Medical and sanitary report of the native army of Bengal for the year
Year: 1875
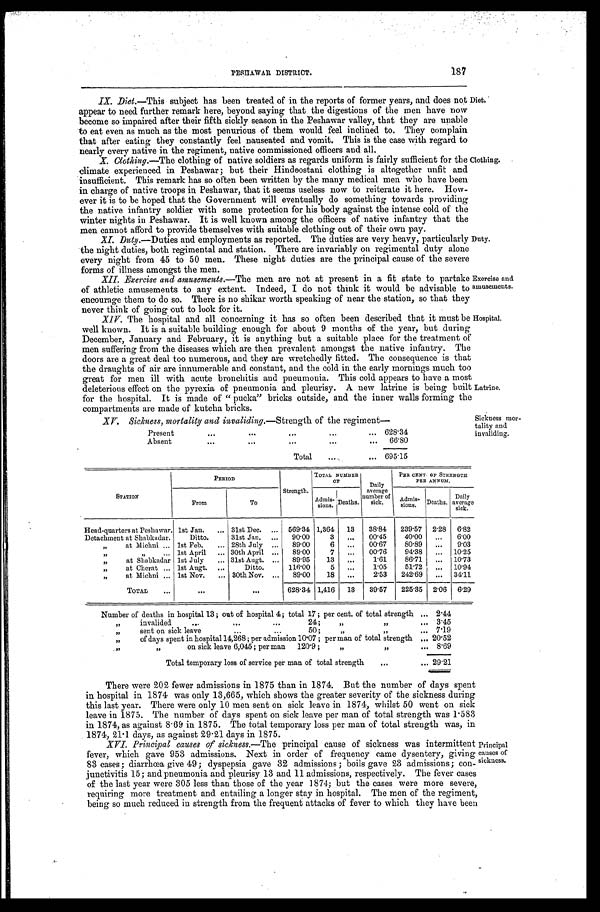
187
PESHAWAR DISTRICT.
IX. Diet.—This subject has been treated of in the reports of former years, and does not
appear to need further remark here, beyond saying that the digestions of the men have now
become so impaired after their fifth sickly season in the Peshawar valley, that they are unable
to eat even as much as the most penurious of them would feel inclined to. They complain
that after eating they constantly feel nauseated and vomit. This is the case with regard to
nearly every native in the regiment, native commissioned officers and all.
X. Clothing.—The clothing of native soldiers as regards uniform is fairly sufficient for the
climate experienced in Peshawar; but their Hindoostani clothing is altogether unfit and
insufficient. This remark has so often been written by the many medical men who have been
in charge of native troops in Peshawar, that it seems useless now to reiterate it here. How-
ever it is to be hoped that the Government will eventually do something towards providing
the native infantry soldier with some protection for his body against the intense cold of the
winter nights in Peshawar. It is well known among the officers of native infantry that the
men cannot afford to provide themselves with suitable clothing out of their own pay.
Diet.
Clothing.
XI. Duty .—Duties and employments as reported. The duties are very, heavy, particularly
the night duties, both regimental and station. There are invariably on regimental duty alone
every night from 45 to 50 men. These night duties are the principal cause of the severe
forms of illness amongst the men.
XII. Exercise and amusements.—The men are not at present in a fit state to partake
of athletic amusements to any extent. Indeed, I do not think it would be advisable to
encourage them to do so. There is no shikar worth speaking of near the station, so that they
never think of going out to look for it.
Duty.
Exercise and
amusements.
XIV. The hospital and all concerning it has so often been described that it must be
well known. It is a suitable building enough for about 9 months of the year, but during
December, January and February, it is anything but a suitable place for the treatment of
men suffering from the diseases which are then prevalent amongst the native infantry. The
doors are a great deal too numerous, and they are wretchedly fitted. The consequence is that
the draughts of air are innumerable and constant, and the cold in the early mornings much too
great for men ill with acute bronchitis and pneumonia. This cold appears to have a most
deleterious effect on the pyrexia of pneumonia and pleurisy. A new latrine is being built
for the hospital. It is made of " pucka" bricks outside, and the inner walls forming the
compartments are made of kutcha bricks.
Hospital.
Latrine.
Sickness mor-
tality and invaliding.
XV. Sickness, mortality and invaliding.—Strength of the regiment
—
Present
...
...
...
...
... 628.34
Absent
...
... ...
...
... 66.80
Total
...
... 695.15
STATION
PERIOD
TOTAL NUMBER
OF
Daily
average
number of
sick.
PER. CENT. OFS T R E N G T H
PER ANNUM.
From
To
Strength.
Admis- sions. Deaths.
Admissions. Deaths.
Daily
average
sick.
Head-quarters at Peshawar. 1st Jan. ... 31st Dec. ... 569.34 1,364 13
38.84
239.57 2.28 6.82
Detachment at Shabkadar.
Ditto.
31st Jan. ...
90.00
3 ...
00.45
40.00 ...
6.00
„ at Michni ... 1st Feb.
... 28th July ...
89.00
6
...
00.67
80.89 ...
9.03
„ „ ...
1st April ... 30th April ...
89.00
7 ...
00.76
94.38 ... 10.25
„
at Shabkadar 1st July
... 31st Augt. ... 89.95
13
...
1.61
86.71 ... 10.73
„
at Cherat ... 1st Augt. ...
Ditto.
116.00
5 ...
1.05
51.72
...
10.94
„
at Michni ... 1st Nov.
... 30th Nov. ... 89.00
18 ...
2.53
242.69 ... 34.11
TOTAL
... ... ...
628.34 1,416 13
39.57
225.35 2.06 6.29
Number of deaths in hospital 13 ; out of hospital 4 ; total 17 ; per cent. of total strength ... 2.44
,,
invalided
...
...
...
24;
„ „
... 3.45
„
sent on sick leave
... ...
50 ;
,, ,,
...
7.19
„
of days spent in hospital 14,268 ; per admission 10.07 ; per man of total strength ... 20.52
,,
,,
on sick leave 6,045 ; per man 120.9 ;
„ „
...
8.69
Total temporary loss of service per man of total strength
. . .
... 29.21
There were 202 fewer admissions in 1875 than in 1874. But the number of days spent
in hospital in. 1874 was only 13,665, which shows the greater severity of the sickness during
this last year. There were only 10 men sent on sick leave in 1874, whilst 50 went on sick
leave in 1875. The number of days spent on sick leave per man of total strength was 1.583
in 1874, as against 8.69 in 1875. The total temporary loss per man of total strength was, in
1874, 21.1 days, as against 29.21 days in 1875.
XVI. Principal causes of sickness.—The principal cause of sickness was intermittent
fever, which gave 953 admissions. Next in order of frequency came dysentery, giving
83 cases ; diarrhœa give 49; dyspepsia gave 32 admissions ; boils gave 23 admissions; con-
junctivitis 15; and pneumonia and pleurisy 13 and 11 admissions, respectively. The fever cases
of the last year were 305 less than those of the year 1874; but the cases were more severe,
requiring more treatment and entailing a longer stay in hospital. The men of the regiment,
being so much reduced in strength from the frequent attacks of fever to which they have been
Principal
causes of
sickness.